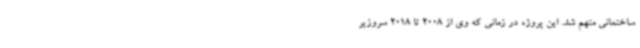
ساختمانی متهم شد. این پروژه در زمانی که وی از 2008 تا 2018 سروزیر